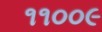
૧૧૦૦૯